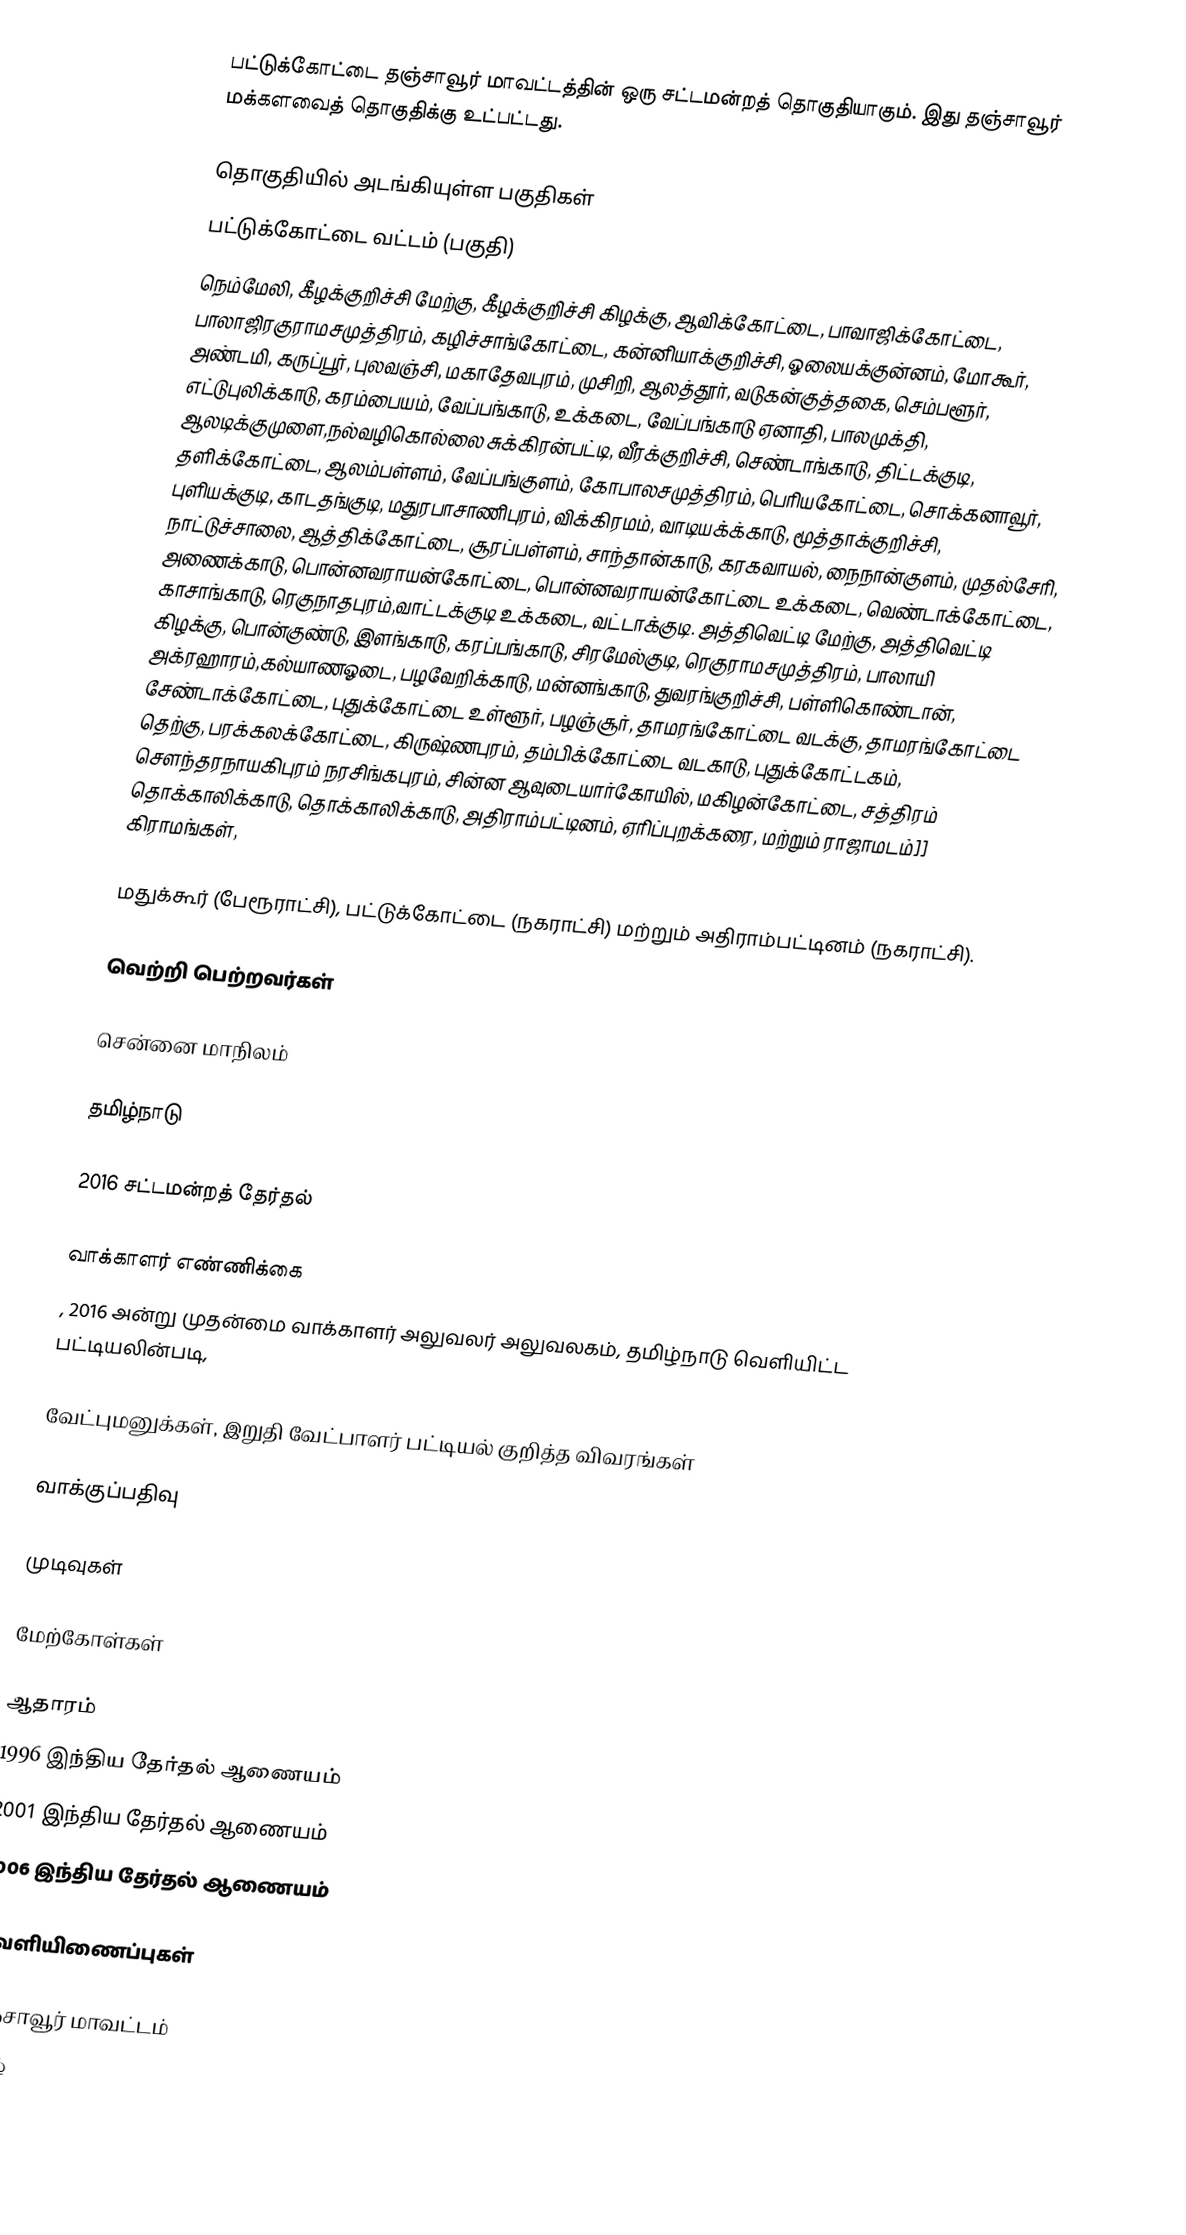
பட்டுக்கோட்டை தஞ்சாவூர் மாவட்டத்தின் ஒரு சட்டமன்றத் தொகுதியாகும். இது தஞ்சாவூர் மக்களவைத் தொகுதிக்கு உட்பட்டது.

தொகுதியில் அடங்கியுள்ள பகுதிகள்
பட்டுக்கோட்டை வட்டம் (பகுதி)
நெம்மேலி, கீழக்குறிச்சி மேற்கு, கீழக்குறிச்சி கிழக்கு, ஆவிக்கோட்டை, பாவாஜிக்கோட்டை, பாலாஜிரகுராமசமுத்திரம், கழிச்சாங்கோட்டை, கன்னியாக்குறிச்சி, ஓலையக்குன்னம், மோகூர், அண்டமி, கருப்பூர், புலவஞ்சி, மகாதேவபுரம், முசிறி, ஆலத்தூர், வடுகன்குத்தகை, செம்பளூர், எட்டுபுலிக்காடு, கரம்பையம், வேப்பங்காடு, உக்கடை, வேப்பங்காடு ஏனாதி, பாலமுக்தி, ஆலடிக்குமுளை,நல்வழிகொல்லை சுக்கிரன்பட்டி, வீரக்குறிச்சி, செண்டாங்காடு, திட்டக்குடி, தளிக்கோட்டை, ஆலம்பள்ளம், வேப்பங்குளம், கோபாலசமுத்திரம், பெரியகோட்டை, சொக்கனாவூர், புளியக்குடி, காடதங்குடி, மதுரபாசாணிபுரம், விக்கிரமம், வாடியக்க்காடு, மூத்தாக்குறிச்சி, நாட்டுச்சாலை, ஆத்திக்கோட்டை, சூரப்பள்ளம், சாந்தான்காடு, கரகவாயல், நைநான்குளம், முதல்சேரி, அணைக்காடு, பொன்னவராயன்கோட்டை, பொன்னவராயன்கோட்டை உக்கடை, வெண்டாக்கோட்டை, காசாங்காடு, ரெகுநாதபுரம்,வாட்டக்குடி உக்கடை, வட்டாக்குடி. அத்திவெட்டி மேற்கு, அத்திவெட்டி கிழக்கு, பொன்குண்டு, இளங்காடு, கரப்பங்காடு, சிரமேல்குடி, ரெகுராமசமுத்திரம், பாலாயி அக்ரஹாரம்,கல்யாணஓடை, பழவேறிக்காடு, மன்னங்காடு, துவரங்குறிச்சி, பள்ளிகொண்டான், சேண்டாக்கோட்டை, புதுக்கோட்டை உள்ளூர், பழஞ்சூர், தாமரங்கோட்டை வடக்கு, தாமரங்கோட்டை தெற்கு, பரக்கலக்கோட்டை, கிருஷ்ணபுரம், தம்பிக்கோட்டை வடகாடு, புதுக்கோட்டகம், சௌந்தரநாயகிபுரம் நரசிங்கபுரம், சின்ன ஆவுடையார்கோயில், மகிழன்கோட்டை, சத்திரம் தொக்காலிக்காடு, தொக்காலிக்காடு, அதிராம்பட்டினம், ஏரிப்புறக்கரை, மற்றும் ராஜாமடம்]] கிராமங்கள்,

மதுக்கூர் (பேரூராட்சி), பட்டுக்கோட்டை (நகராட்சி) மற்றும் அதிராம்பட்டினம் (நகராட்சி).

வெற்றி பெற்றவர்கள்

சென்னை மாநிலம்

தமிழ்நாடு

2016 சட்டமன்றத் தேர்தல்

வாக்காளர் எண்ணிக்கை
, 2016 அன்று முதன்மை வாக்காளர் அலுவலர் அலுவலகம், தமிழ்நாடு வெளியிட்ட பட்டியலின்படி,

வேட்புமனுக்கள், இறுதி வேட்பாளர் பட்டியல் குறித்த விவரங்கள்

வாக்குப்பதிவு

முடிவுகள்

மேற்கோள்கள்

ஆதாரம்
1996 இந்திய தேர்தல் ஆணையம்
2001 இந்திய தேர்தல் ஆணையம்
2006 இந்திய தேர்தல் ஆணையம்

வெளியிணைப்புகள்

தஞ்சாவூர் மாவட்டம்
தமிழ்